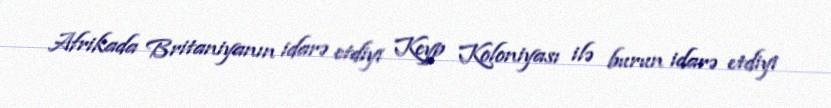
Afrikada Britaniyanın idarə etdiyi Keyp Koloniyası ilə burun idarə etdiyi